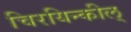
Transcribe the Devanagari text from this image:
चिरयिन्कील्